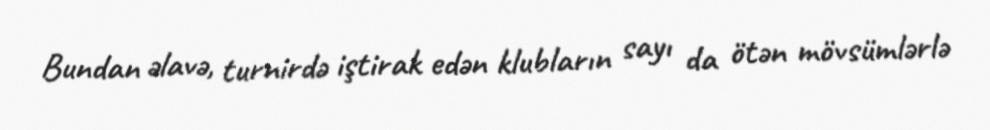
Bundan əlavə, turnirdə iştirak edən klubların sayı da ötən mövsümlərlə